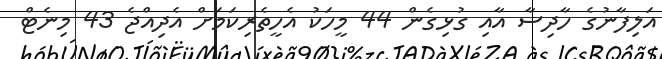
އަލިފާނުގެ ހާދިސާ އާއި ގުޅިގެން 44 މީހަކު އެހީތެރިކަމަށް އެދިއްޖެ 43 މިނެޓް